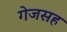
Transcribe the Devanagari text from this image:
गेजसह